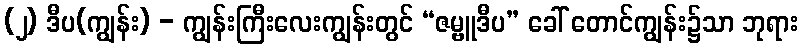
(၂) ဒီပ(ကျွန်း) - ကျွန်းကြီးလေးကျွန်းတွင် “ဇမ္ဗူဒီပ” ခေါ် တောင်ကျွန်း၌သာ ဘုရား